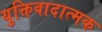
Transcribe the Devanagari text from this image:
युक्तिवादात्मक